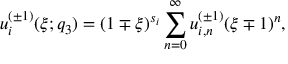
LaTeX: u _ { i } ^ { ( \pm 1 ) } ( \xi ; q _ { 3 } ) = ( 1 \mp \xi ) ^ { s _ { i } } \sum _ { n = 0 } ^ { \infty } u _ { i , n } ^ { ( \pm 1 ) } ( \xi \mp 1 ) ^ { n } ,